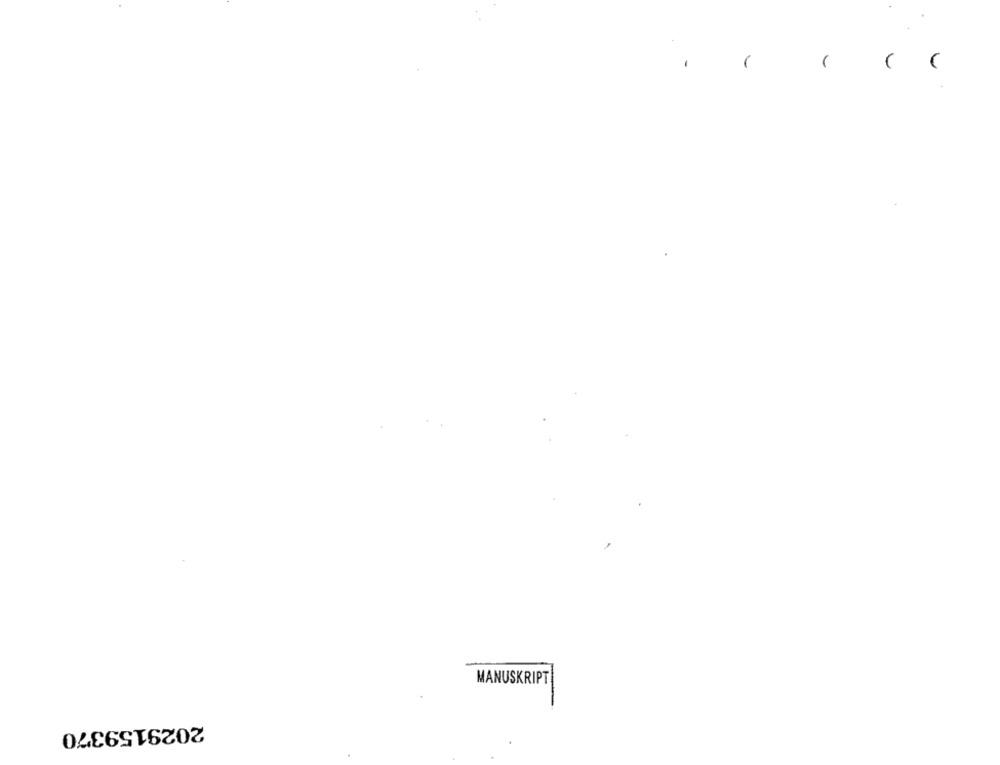
MANUSKRIPT
2029159370